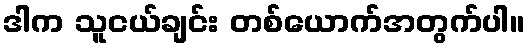
ဒါက သူငယ်ချင်း တစ်ယောက်အတွက်ပါ။